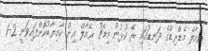
ރެއާލް މެޑްރިޑްގެ ދަނޑުގައި ރޭ ކުޅުނު މިމެޗު ރެއާލް އިން ކާމިޔާބުކޮށްފައިވަނީ 2-1